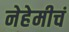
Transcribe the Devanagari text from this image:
नेहेमीचं